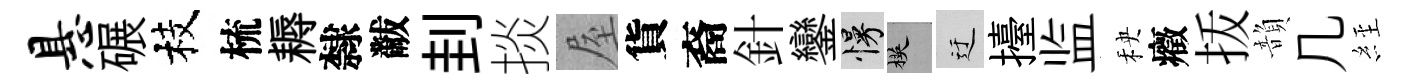
悬碾枝梳耨隸黻刲掞屋貨裔針鑾慢楧迂擡监秧癥㧞韻几𦀇